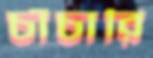
চাঁচারি